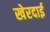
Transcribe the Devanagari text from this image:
खेरदाई